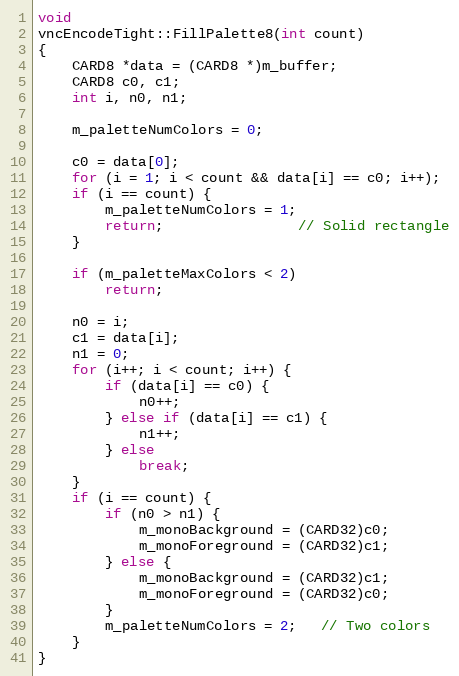
Language: C++
void
vncEncodeTight::FillPalette8(int count)
{
	CARD8 *data = (CARD8 *)m_buffer;
	CARD8 c0, c1;
	int i, n0, n1;

	m_paletteNumColors = 0;

	c0 = data[0];
	for (i = 1; i < count && data[i] == c0; i++);
	if (i == count) {
		m_paletteNumColors = 1;
		return; 				// Solid rectangle
	}

	if (m_paletteMaxColors < 2)
		return;

	n0 = i;
	c1 = data[i];
	n1 = 0;
	for (i++; i < count; i++) {
		if (data[i] == c0) {
			n0++;
		} else if (data[i] == c1) {
			n1++;
		} else
			break;
	}
	if (i == count) {
		if (n0 > n1) {
			m_monoBackground = (CARD32)c0;
			m_monoForeground = (CARD32)c1;
		} else {
			m_monoBackground = (CARD32)c1;
			m_monoForeground = (CARD32)c0;
		}
		m_paletteNumColors = 2;   // Two colors
	}
}